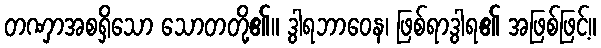
တဏှာအစရှိသော သောတတို့၏။ ဒွါရဘာဝေန၊ ဖြစ်ရာဒွါရ၏ အဖြစ်ဖြင့်။